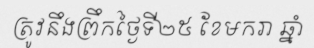
ត្រូវនឹងព្រឹកថ្ងៃទី២៥ ខែមករា ឆ្នាំ